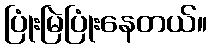
ပြုံးမြဲပြုံးနေတယ်။